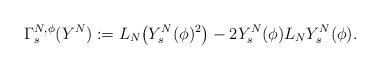
LaTeX: \begin{align*} \Gamma_{s}^{N,\phi}(Y^N) := L_N\big(Y_{s}^N(\phi)^2\big) - 2Y_{s}^N(\phi)L_NY_{s}^N(\phi) .\end{align*}